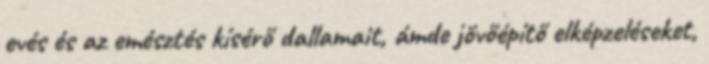
evés és az emésztés kí­sérő dallamait, ámde jövőépítő elképzeléseket,